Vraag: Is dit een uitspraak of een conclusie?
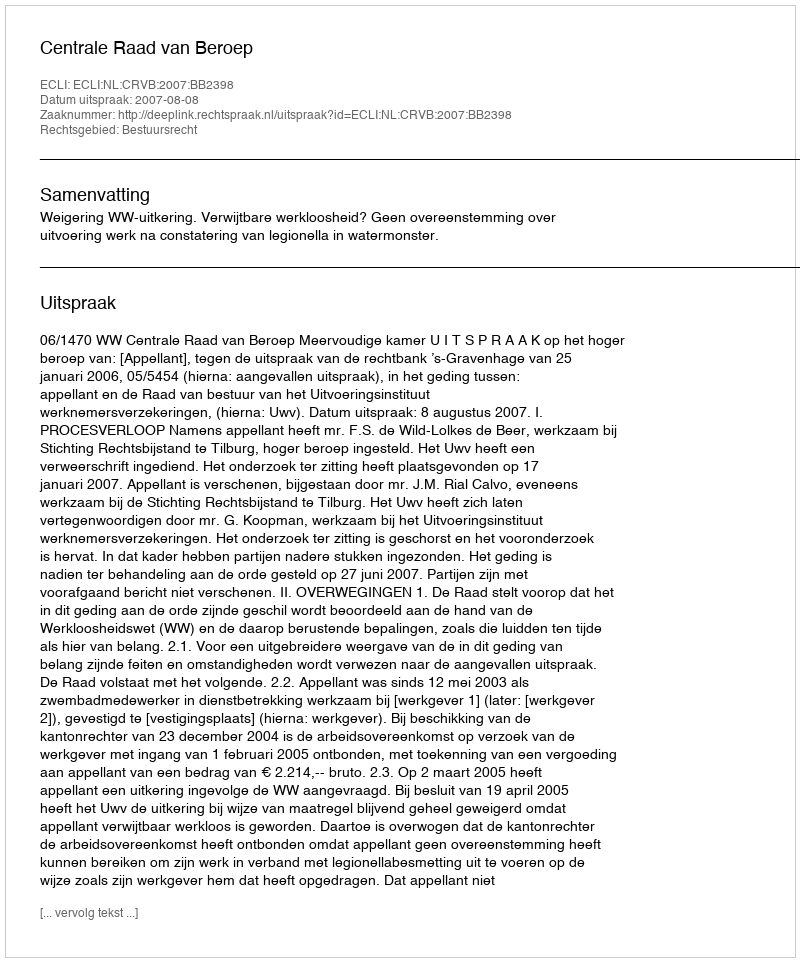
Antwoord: Uitspraak